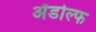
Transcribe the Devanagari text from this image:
ॲडोल्फ